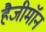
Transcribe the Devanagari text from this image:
हैजीमॉन